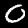
Digit: 0